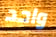
واحد